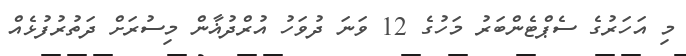
މި އަހަރުގެ ސެޕްޓެންބަރު މަހުގެ 12 ވަނަ ދުވަހު އުރްދުޣާން މިސުރަށް ދަތުރުފުޅެއް